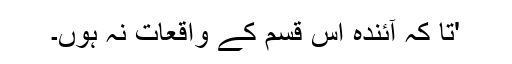
'تا کہ آئندہ اس قسم کے واقعات نہ ہوں۔